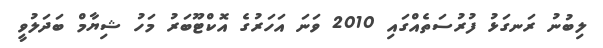
ލިބުނު ރަނގަޅު ފުރުސަތެއްގައި 2010 ވަނަ އަހަރުގެ އޮކްޓޫބަރު މަހު ޝިޔާމް ބަދަލުވީ